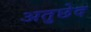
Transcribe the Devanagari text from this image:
अतुछेद